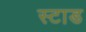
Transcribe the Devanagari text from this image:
स्टाड